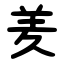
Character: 羑